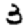
Digit: 3